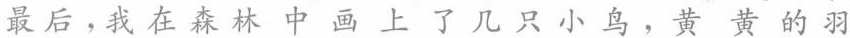
最后，我在森林中画上了几只小鸟，黄黄的羽